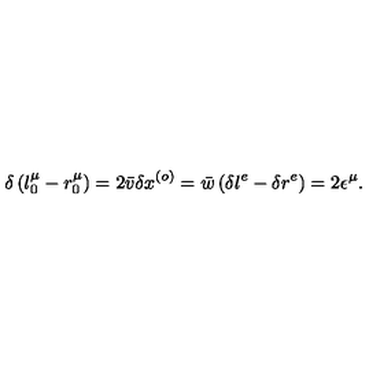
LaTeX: \delta \left( l _ { 0 } ^ { \mu } - r _ { 0 } ^ { \mu } \right) = 2 \bar { v } \delta x ^ { \left( o \right) } = \bar { w } \left( \delta l ^ { e } - \delta r ^ { e } \right) = 2 \epsilon ^ { \mu } .